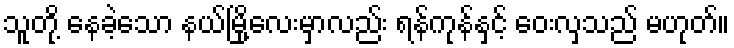
သူတို့ နေခဲ့သော နယ်မြို့လေးမှာလည်း ရန်ကုန်နှင့် ဝေးလှသည် မဟုတ်။